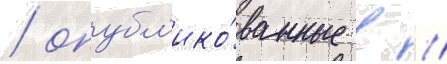
/ опубл'ико́ванные в //